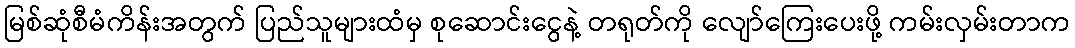
မြစ်ဆုံစီမံကိန်းအတွက် ပြည်သူများထံမှ စုဆောင်းငွေနဲ့ တရုတ်ကို လျော်ကြေးပေးဖို့ ကမ်းလှမ်းတာက